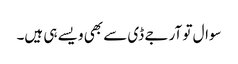
سوال تو آر جے ڈی سے بھی ویسے ہی ہیں۔